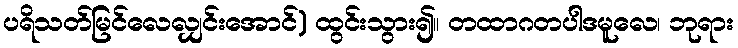
ပရိသတ်မြင်လေလျှင်းအောင်) ထွင်းသွား၍။ တထာဂတပါဒမူလေ၊ ဘုရား